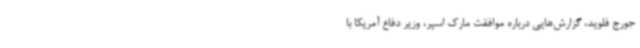
جورج فلوید، گزارش‌هایی درباره موافقت مارک اسپر، وزیر دفاع آمریکا با